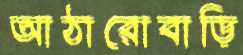
আঠারোবাড়ি